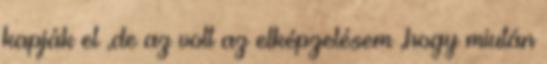
kapják el ,de az volt az elképzelésem ,hogy miután